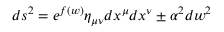
d s ^ { 2 } = e ^ { f ( w ) } \eta _ { \mu \nu } d x ^ { \mu } d x ^ { \nu } \pm \alpha ^ { 2 } d w ^ { 2 }